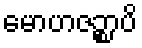
မောဟဇဉ္စာပိ